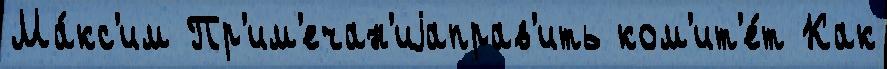
Ма́кс'им Пр'им'ечан'иjаправ'ить ком'ит'е́т Как